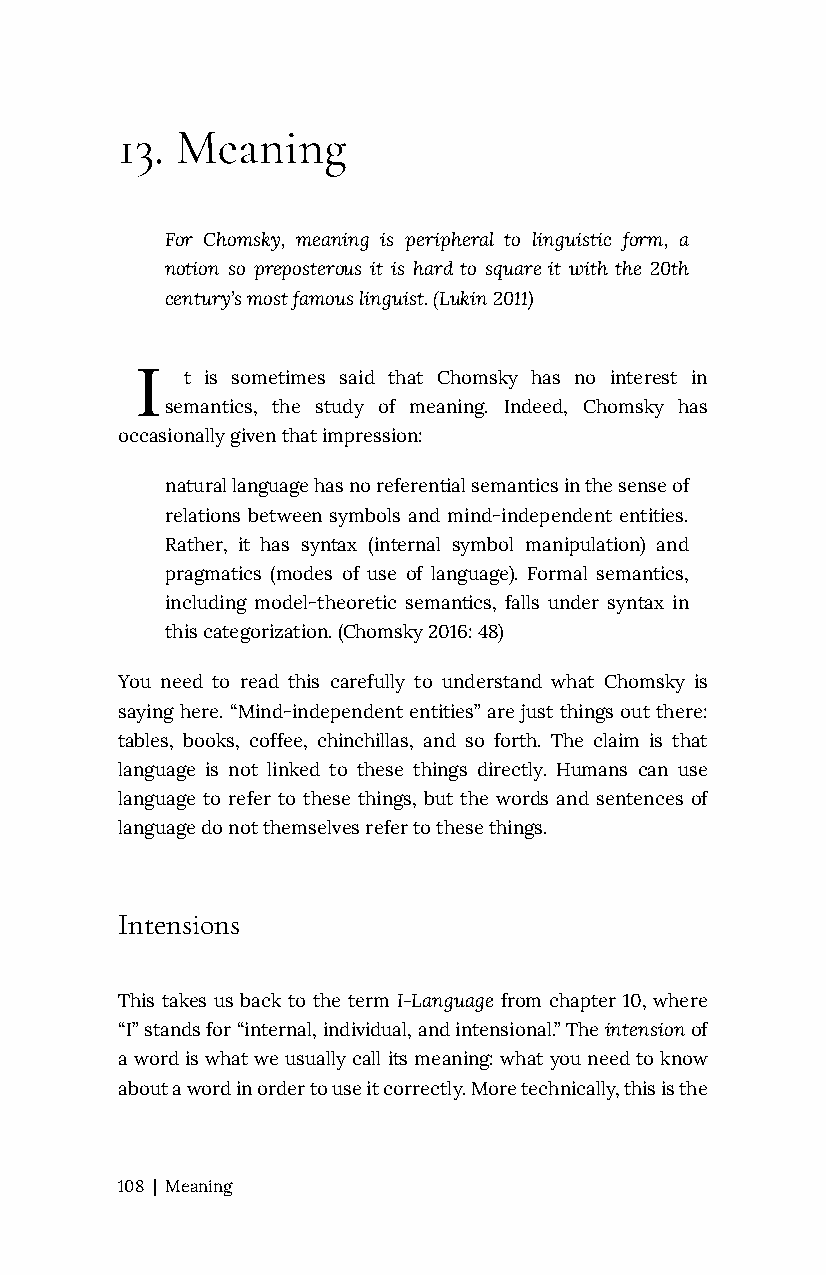
13. Meaning
 For Chomsky, meaning is peripheral to linguistic form, a
 notion so preposterous it is hard to square it with the 20th
 century’s most famous linguist. (Lukin 2011)
 I
 t is sometimes said that Chomsky has no interest in
 semantics, the study of meaning. Indeed, Chomsky has
 occasionally given that impression:
 natural language has no referential semantics in the sense of
 relations between symbols and mind-independent entities.
 Rather, it has syntax (internal symbol manipulation) and
 pragmatics (modes of use of language). Formal semantics,
 including model-theoretic semantics, falls under syntax in
 this categorization. (Chomsky 2016: 48)
 You need to read this carefully to understand what Chomsky is
 saying here. “Mind-independent entities” are just things out there:
 tables, books, coffee, chinchillas, and so forth. The claim is that
 language is not linked to these things directly. Humans can use
 language to refer to these things, but the words and sentences of
 language do not themselves refer to these things.
 Intensions
 This takes us back to the term I-Language from chapter 10, where
 “I” stands for “internal, individual, and intensional.” The intension of
 a word is what we usually call its meaning: what you need to know
 about a word in order to use it correctly. More technically, this is the
 108 | Meaning